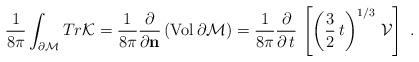
LaTeX: \begin{align*}\frac{1}{8\pi}\int_{\partial {\cal M}} Tr {\cal K} =\frac{1}{8\pi}\frac{\partial}{\partial {\bf n}}\, ({\rm Vol}\,\partial{\cal M}) = \frac{1}{8\pi}\frac{\partial}{\partial\, t}\, \left[\left(\frac{3}{2}\,t\right)^{1/3}\, {\cal V}\right]\ .\end{align*}